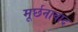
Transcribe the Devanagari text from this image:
मूर्छनावाद